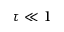
\tau \ll 1